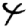
Digit: 4